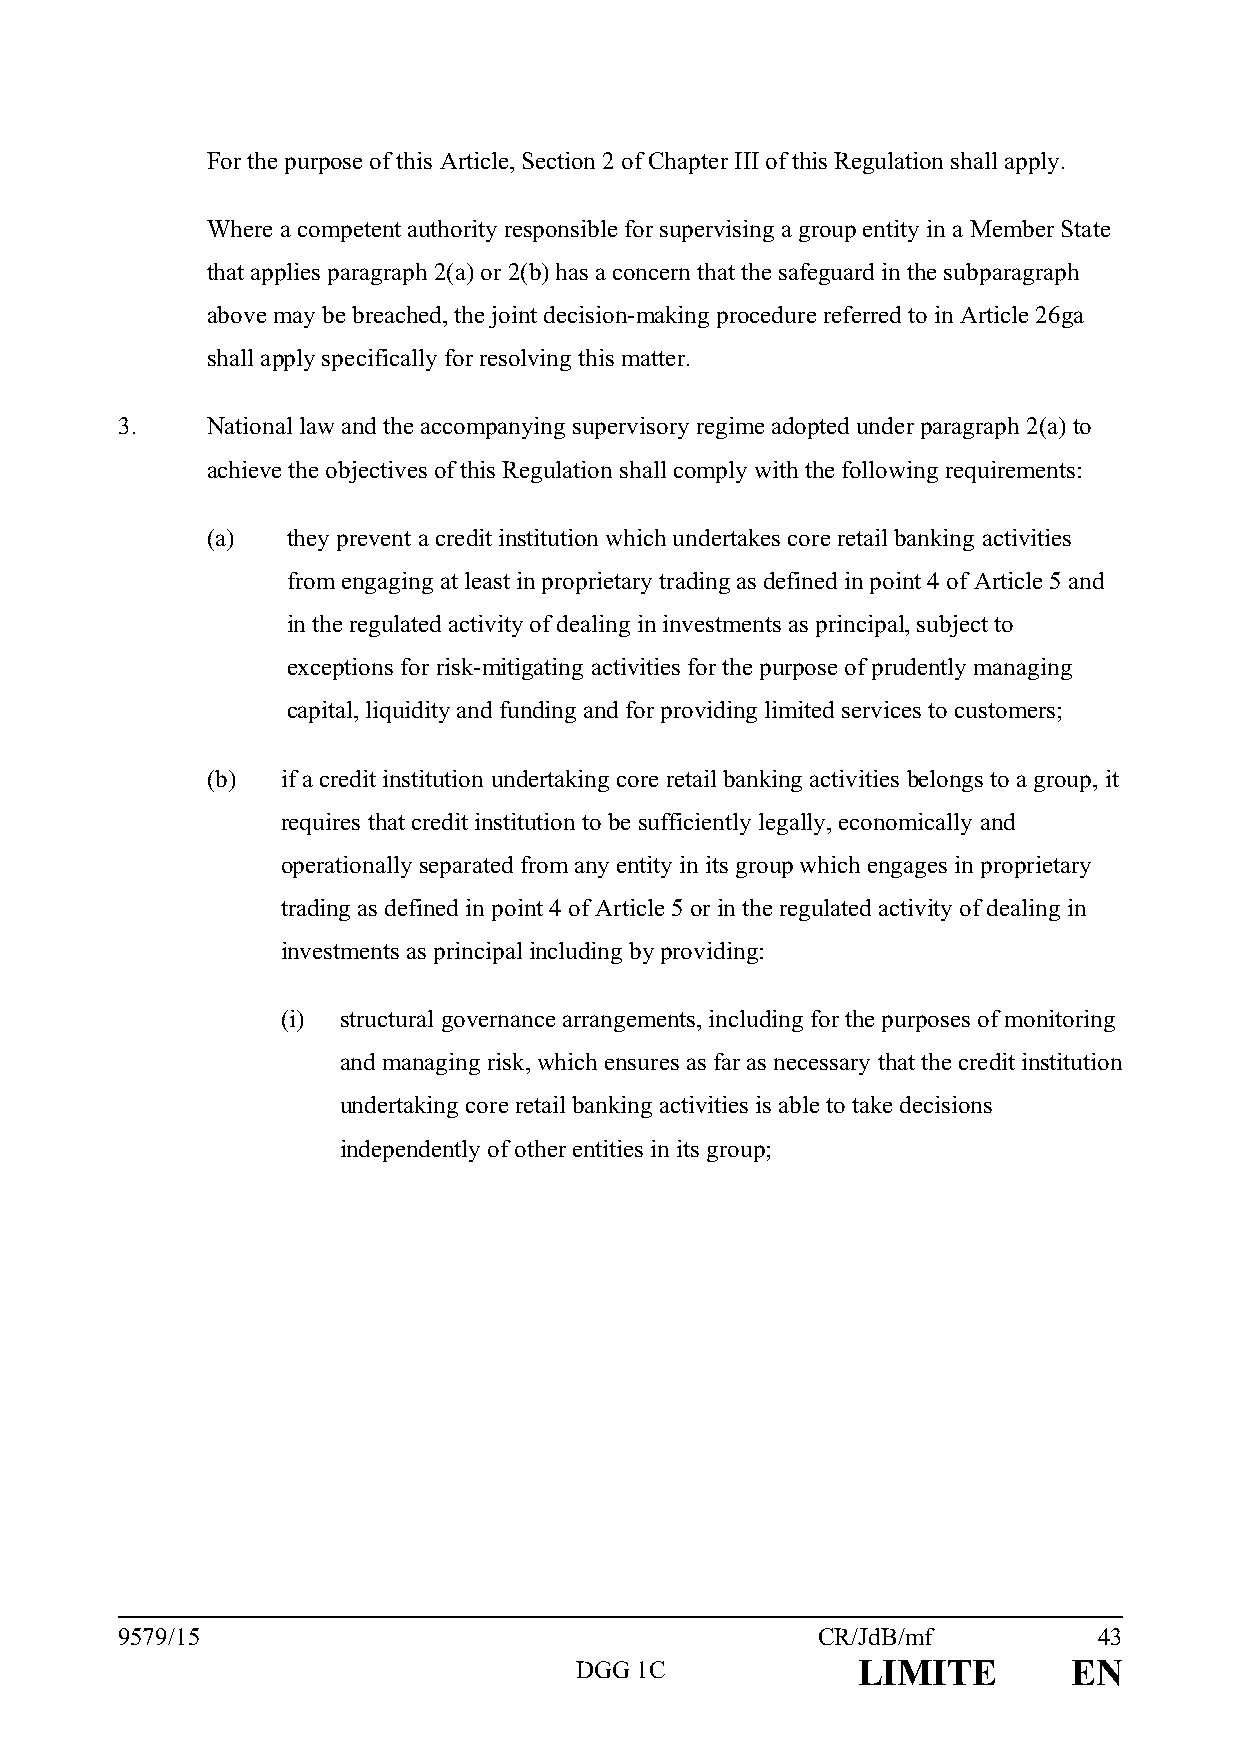
For the purpose of this Article, Section 2 of Chapter III of this Regulation shall apply.
 Where a competent authority responsible for supervising a group entity in a Member State
 that applies paragraph 2(a) or 2(b) has a concern that the safeguard in the subparagraph
 above may be breached, the joint decision-making procedure referred to in Article 26ga
 shall apply specifically for resolving this matter.
 3.    National law and the accompanying supervisory regime adopted under paragraph 2(a) to
 achieve the objectives of this Regulation shall comply with the following requirements:
 (a)  they prevent a credit institution which undertakes core retail banking activities
 from engaging at least in proprietary trading as defined in point 4 of Article 5 and
 in the regulated activity of dealing in investments as principal, subject to
 exceptions for risk-mitigating activities for the purpose of prudently managing
 capital, liquidity and funding and for providing limited services to customers;
 (b)  if a credit institution undertaking core retail banking activities belongs to a group, it
 requires that credit institution to be sufficiently legally, economically and
 operationally separated from any entity in its group which engages in proprietary
 trading as defined in point 4 of Article 5 or in the regulated activity of dealing in
 investments as principal including by providing:
 (i) structural governance arrangements, including for the purposes of monitoring
 and managing risk, which ensures as far as necessary that the credit institution
 undertaking core retail banking activities is able to take decisions
 independently of other entities in its group;
 9579/15                                       CR/JdB/mf          43
 DGG 1C             LIMITE        EN